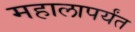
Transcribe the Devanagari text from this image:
महालापर्यंत